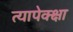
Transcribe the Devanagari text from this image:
त्यापेक्क्षा